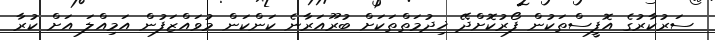
ސަރުކާރުގެ އޮފީސްތަކުން ފޯރުކޮށްދޭ ޚިދުމަތްތަކަށް ބުރޫއަރާނެ ކަންކަން މުވައްޒަފުން އަމިއްލަ އަށް ކުރާ